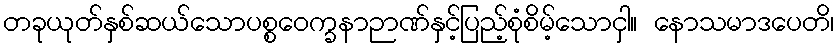
တခုယုတ်နှစ်ဆယ်သောပစ္စဝေက္ခနာဉာဏ်နှင့်ပြည့်စုံစိမ့်သောငှါ။ နောသမာဒပေတိ၊